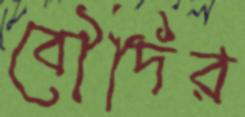
বৌদির